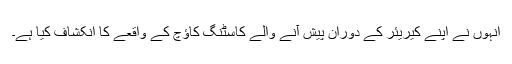
انہوں نے اپنے کیریئر کے دوران پیش آنے والے کاسٹنگ کاﺅچ کے واقعے کا انکشاف کیا ہے۔